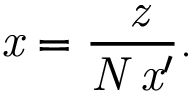
\it { \Delta } x = \frac { \lambda z } { N \Delta x ^ { \prime } } .